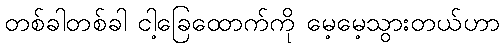
တစ်ခါတစ်ခါ ငါ့ခြေထောက်ကို မေ့မေ့သွားတယ်ဟာ